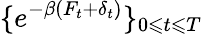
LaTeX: \{ e^{-\beta(F_{t}+\delta_{t})}\} _{0\leqslant t\leqslant T}